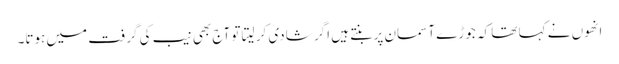
انھوں نے کہا تھا کہ جوڑے آسمان پر بنتے ہیں اگر شادی کر لیتا تو آج بھی نیب کی گرفت میں ہوتا۔